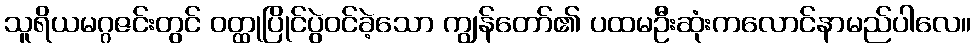
သူရိယမဂ္ဂဇင်းတွင် ဝတ္ထုပြိုင်ပွဲဝင်ခဲ့သော ကျွန်တော်၏ ပထမဦးဆုံးကလောင်နာမည်ပါလေ။